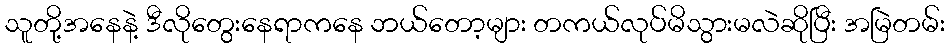
သူတို့အနေနဲ့ ဒီလိုတွေးနေရာကနေ ဘယ်တော့များ တကယ်လုပ်မိသွားမလဲဆိုပြီး အမြဲတမ်း